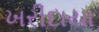
ખરીદાયા